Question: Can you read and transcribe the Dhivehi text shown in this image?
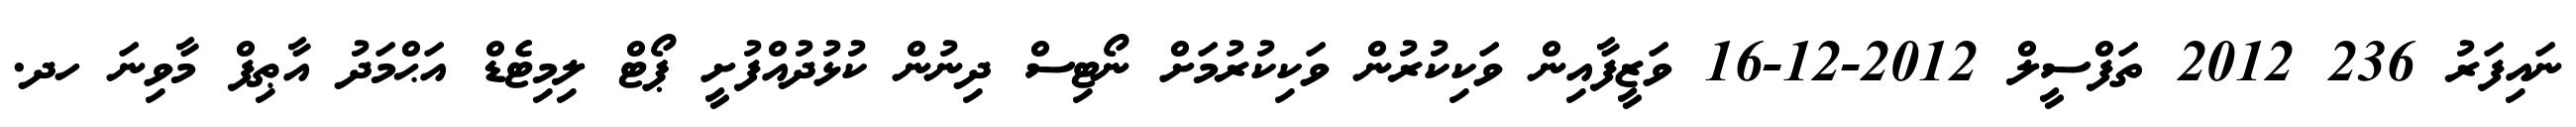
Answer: ނައިފަރު 236 2012 ތަފްސީލް 2012-12-16 ވަޒީފާއިން ވަކިކުރުން ވަކިކުރުމަށް ނޯޓިސް ދިނުން ކުޅުދުއްފުށީ ޕޯޓް ލިމިޓެޑް އަޙްމަދު އާޠިފް މާވިނަ ހދ.